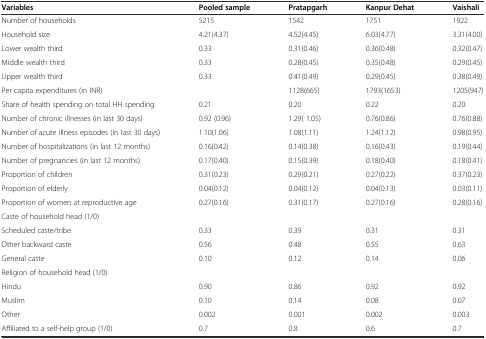
<table><thead><tr><td><b>Variables</b></td><td><b>Pooled sample</b></td><td><b>Pratapgarh</b></td><td><b>Kanpur Dehat</b></td><td><b>Vaishali</b></td></tr></thead><tbody><tr><td>Number of households</td><td>5215</td><td>1542</td><td>1751</td><td>1922</td></tr><tr><td>Household size</td><td>4.21(4.37)</td><td>4.52(4.45)</td><td>6.03(4.77)</td><td>3.31(4.00)</td></tr><tr><td>Lower wealth third</td><td>0.33</td><td>0.31(0.46)</td><td>0.36(0.48)</td><td>0.32(0.47)</td></tr><tr><td>Middle wealth third</td><td>0.33</td><td>0.28(0.45)</td><td>0.35(0.48)</td><td>0.29(0.45)</td></tr><tr><td>Upper wealth third</td><td>0.33</td><td>0.41(0.49)</td><td>0.29(0.45)</td><td>0.38(0.49)</td></tr><tr><td>Per capita expenditures (in INR)</td><td></td><td>1128(665)</td><td>1793(1653)</td><td>1205(947)</td></tr><tr><td>Share of health spending on total HH spending</td><td>0.21</td><td>0.20</td><td>0.22</td><td>0.20</td></tr><tr><td>Number of chronic illnesses (in last 30 days)</td><td>0.92 (0.96)</td><td>1.29( 1.05)</td><td>0.76(0.86)</td><td>0.76(0.88)</td></tr><tr><td>Number of acute illness episodes (in last 30 days)</td><td>1.10(1.06)</td><td>1.08(1.11)</td><td>1.24(1.12)</td><td>0.98(0.95)</td></tr><tr><td>Number of hospitalizations (in last 12 months)</td><td>0.16(0.42)</td><td>0.14(0.38)</td><td>0.16(0.43)</td><td>0.19(0.44)</td></tr><tr><td>Number of pregnancies (in last 12 months)</td><td>0.17(0.40)</td><td>0.15(0.39)</td><td>0.18(0.40)</td><td>0.18(0.41)</td></tr><tr><td>Proportion of children</td><td>0.31(0.23)</td><td>0.29(0.21)</td><td>0.27(0.22)</td><td>0.37(0.23)</td></tr><tr><td>Proportion of elderly</td><td>0.04(0.12)</td><td>0.04(0.12)</td><td>0.04(0.13)</td><td>0.03(0.11)</td></tr><tr><td>Proportion of women at reproductive age</td><td>0.27(0.16)</td><td>0.31(0.17)</td><td>0.27(0.16)</td><td>0.28(0.16)</td></tr><tr><td>Caste of household head (1/0)</td><td></td><td></td><td></td><td></td></tr><tr><td>Scheduled caste/tribe</td><td>0.33</td><td>0.39</td><td>0.31</td><td>0.31</td></tr><tr><td>Other backward caste</td><td>0.56</td><td>0.48</td><td>0.55</td><td>0.63</td></tr><tr><td>General caste</td><td>0.10</td><td>0.12</td><td>0.14</td><td>0.06</td></tr><tr><td>Religion of household head (1/0)</td><td></td><td></td><td></td><td></td></tr><tr><td>Hindu</td><td>0.90</td><td>0.86</td><td>0.92</td><td>0.92</td></tr><tr><td>Muslim</td><td>0.10</td><td>0.14</td><td>0.08</td><td>0.07</td></tr><tr><td>Other</td><td>0.002</td><td>0.001</td><td>0.002</td><td>0.003</td></tr><tr><td>Affiliated to a self-help group (1/0)</td><td>0.7</td><td>0.8</td><td>0.6</td><td>0.7</td></tr></tbody></table>